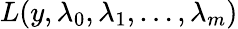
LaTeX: L(y,\lambda_{0},\lambda_{1},\ldots,\lambda_{m})